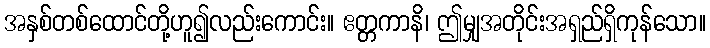
အနှစ်တစ်ထောင်တို့ဟူ၍လည်းကောင်း။ ဧတ္တကာနိ၊ ဤမျှအတိုင်းအရှည်ရှိကုန်သော။